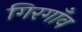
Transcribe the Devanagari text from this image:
गिरगाँव